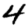
Digit: 4